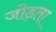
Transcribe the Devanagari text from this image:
जोड़ता